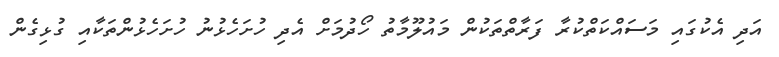
އަދި އެކުގައި މަސައްކަތްކުރާ ފަރާތްތަކުން މައުލޫމާތު ހޯދުމަށް އެދި ހުށަހެޅުނު ހުށަހެޅުންތަކާއި ގުޅިގެން